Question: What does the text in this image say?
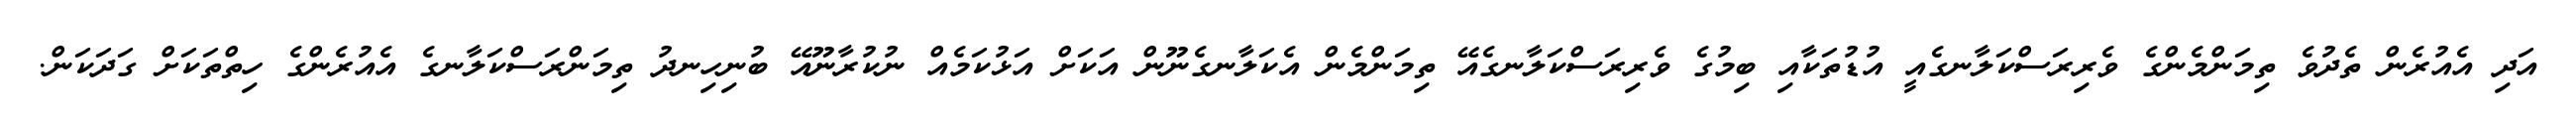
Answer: އަދި އެއުރެން ތެދުވެ ތިމަންމެންގެ ވެރިރަސްކަލާނގެއީ އުޑުތަކާއި ބިމުގެ ވެރިރަސްކަލާނގެއޭ ތިމަންމެން އެކަލާނގެނޫން އަކަށް އަޅުކަމެއް ނުކުރާނޫއޭ ބުނިހިނދު ތިމަންރަސްކަލާނގެ އެއުރެންގެ ހިތްތަކަށް ގަދަކަން.